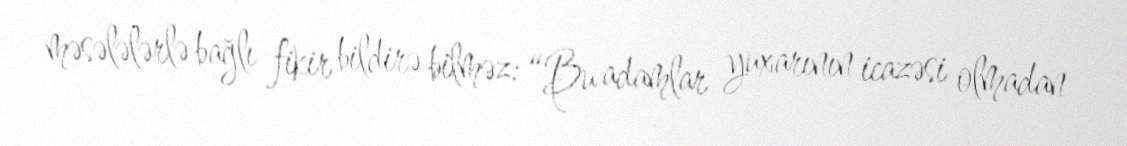
məsələlərlə bağlı fikir bildirə bilməz: “Bu adamlar yuxarının icazəsi olmadan